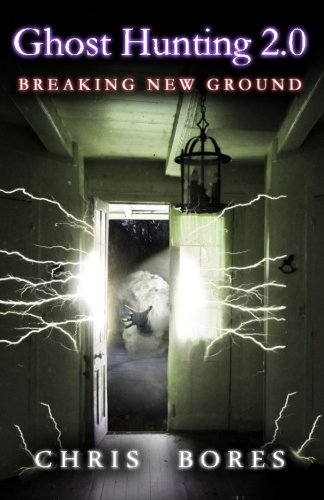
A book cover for Ghost Hunting 2.0: Breaking New Ground; Chris Bores; Religion & Spirituality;